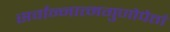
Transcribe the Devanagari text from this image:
सर्वान्नात्मगुणोपेतां